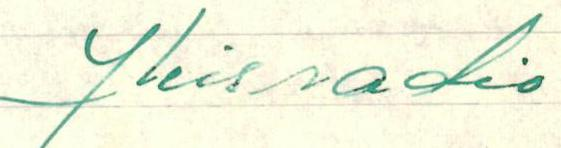
Yleisradio